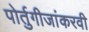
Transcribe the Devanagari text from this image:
पोर्तुगीजांकरवी